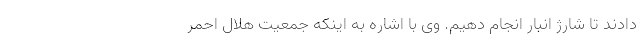
دادند تا شارژ انبار انجام دهیم. وی با اشاره به اینکه جمعیت هلال احمر